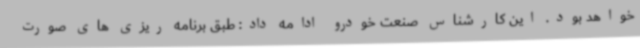
خواهد بود. این کارشناس صنعت خودرو ادامه داد: طبق برنامه ریزی های صورت